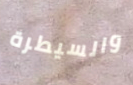
والسيطرة